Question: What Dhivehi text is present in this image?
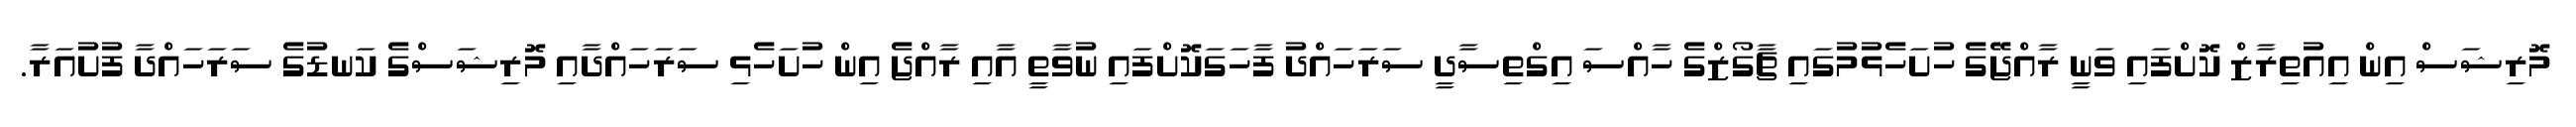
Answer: މޮރިޝަސް އިން އިއުތިރާޒް ކޮށްފައި ވަނީ ރާއްޖޭގެ ހުށަހެޅުމުގައި ޗާގޯޒްގެ ހާއްސަ އިގްތިސާދީ ސަރަހައްދު ފާހަގަކޮށްފައި ނުވާތީ އާއި ރާއްޖެ އިން ހުށަހެޅި ސަރަހައްދާއި މޮރިޝަސްގެ ކަނޑުގެ ސަރަހައްދާ ފުށުއަރާ.